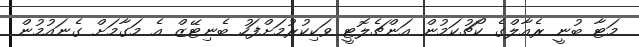
މަޓާ ބުނީ ރެއާލްގެ ކޯޗުކަމުން އަންޗެލޮޓީ ވަކިކުރުމަށްފަހު ބެނިޓޭޒް އެ މަގާމަށް ގެނައުމުން